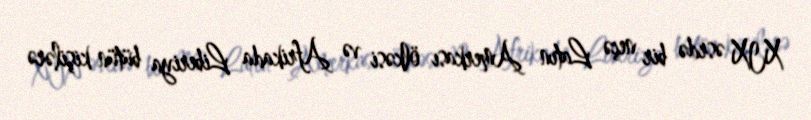
XIX əsrdə bir neçə Latın Amerkası ölkəsi və Afrikada Liberiya bütün kişilərə